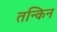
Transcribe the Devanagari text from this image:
तन्किन